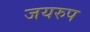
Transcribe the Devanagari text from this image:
जयरुप